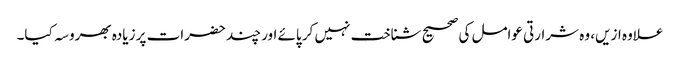
علاوہ ازیں، وہ شرارتی عوامل کی صحیح شناخت نہیں کر پائے اور چند حضرات پر زیادہ بھروسہ کیا۔